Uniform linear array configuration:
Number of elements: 4
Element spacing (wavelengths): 1
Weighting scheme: kaiser
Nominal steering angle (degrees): -60
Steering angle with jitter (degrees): -61.045
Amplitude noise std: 0.05
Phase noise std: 0.05

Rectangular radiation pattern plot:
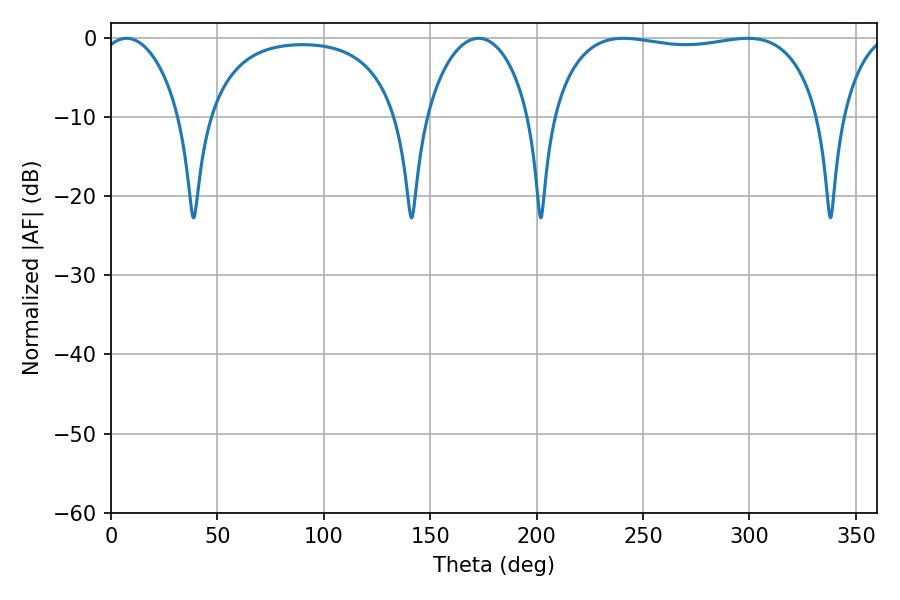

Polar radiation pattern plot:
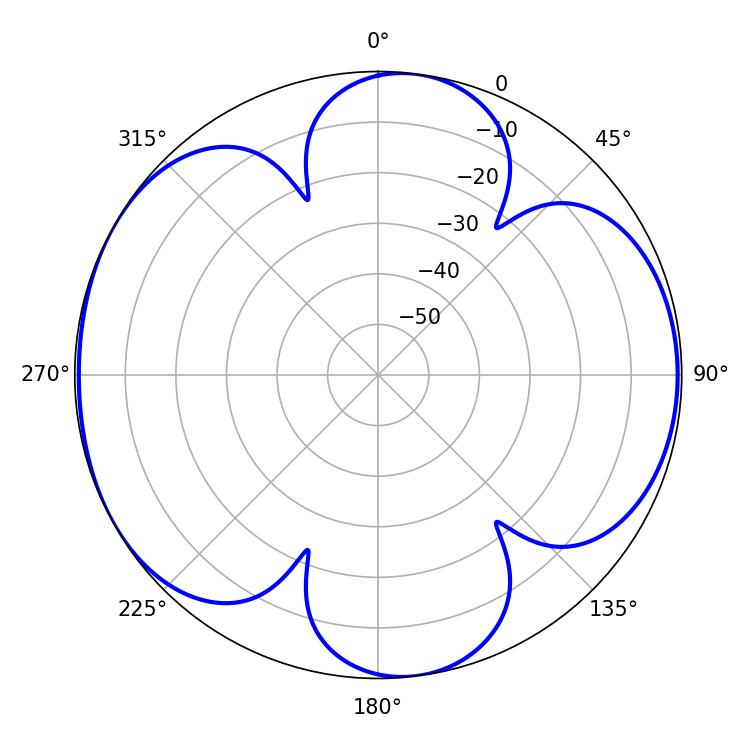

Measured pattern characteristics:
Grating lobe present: TRUE
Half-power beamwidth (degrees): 101.16
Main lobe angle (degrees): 240.84